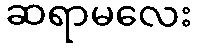
ဆရာမလေး